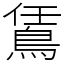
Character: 鵀